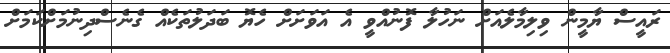
ރައީސް ޔާމީން ވިލިމާލެއަށް ނަހުލާ ފޮނުއްވީ އެ އަވަށަށް ހެޔޮ ބަދަލުތަކެއް ގެނެސްދިނުމަށްކަަމަށް